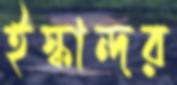
ইস্কান্দর